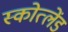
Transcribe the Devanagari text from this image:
स्कोत्लेंड